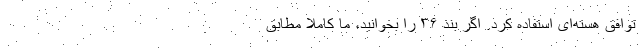
توافق هسته‌ای استفاده کرد. اگر بند ۳۶ را بخوانید، ما کاملاً مطابق